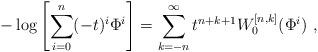
LaTeX: \begin{align*}-\log\left[\sum_{i=0}^{n}(-t)^i\Phi^i\right]=\sum_{k=-n}^{\infty}t^{n+k+1}W_0^{[n,k]}(\Phi^i)~,\end{align*}